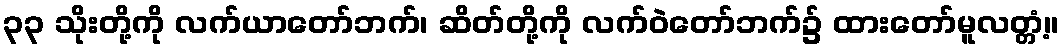
၃၃ သိုးတို့ကို လက်ယာတော်ဘက်၊ ဆိတ်တို့ကို လက်ဝဲတော်ဘက်၌ ထားတော်မူလတ္တံ့။